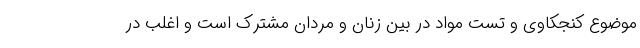
موضوع کنجکاوی و تست مواد در بین زنان و مردان مشترک است و اغلب در